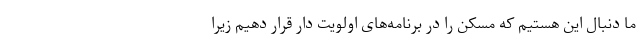
ما دنبال این هستیم که مسکن را در برنامه‌های اولویت دار قرار دهیم زیرا